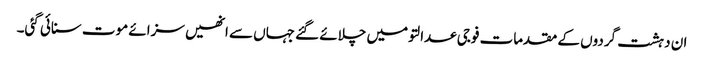
ان دہشت گردوں کے مقدمات فوجی عدالتو میں چلائے گئے جہاں سے انھیں سزائے موت سنائی گئی۔